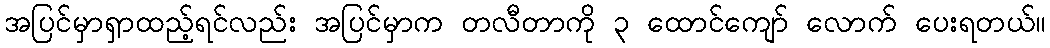
အပြင်မှာရှာထည့်ရင်လည်း အပြင်မှာက တလီတာကို ၃ ထောင်ကျော် လောက် ပေးရတယ်။